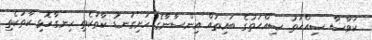
ކަވާސާ ޞިއްޙަތު ޞިއްޙަތުގެ ބައިތައް އިންސާނާގެ ހަށިގަނޑު ކާތަކެތި ހިނގާހޮޅި ކާތަކެތި